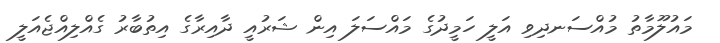
މައުލޫމާތު މުއްސަނދިވި އަލީ ހަމީދުގެ މައްސަލަ އިން ޝަރުއީ ދާއިރާގެ އިތުބާރު ގެއްލިއްޖެއަލީ